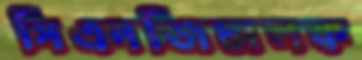
সিএনজিচালক